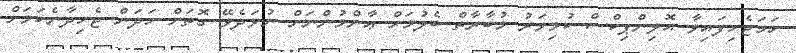
ހަމަޖެހިފައިވާ އޮލިންޕިކްސް ކުޅިވަރު މުބާރާތް ބެލުމަށް ޢާންމުންނަށް ނުވަދެވޭ ގޮތަށް ހަދަން ޖެހިދާނެކަމަށް